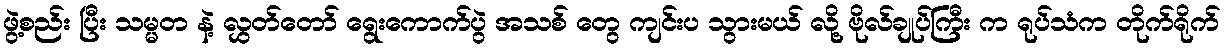
ဖွဲ့စည်း ပြီး သမ္မတ နဲ့ လွှတ်တော် ရွေးကောက်ပွဲ အသစ် တွေ ကျင်းပ သွားမယ် လို့ ဗိုလ်ချုပ်ကြီး က ရုပ်သံက တိုက်ရိုက်